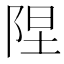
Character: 陧